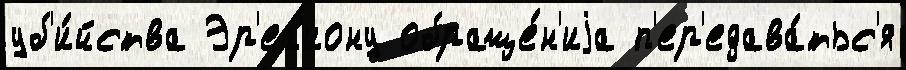
уб'и́йства Эр'ег'иону обраще́н'иjа п'ер'едава́тьс'я